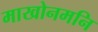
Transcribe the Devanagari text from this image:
माखोनमनि